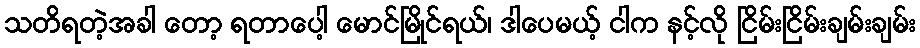
သတိရတဲ့အခါ တော့ ရတာပေါ့ မောင်မြိုင်ရယ်၊ ဒါပေမယ့် ငါက နင့်လို ငြိမ်းငြိမ်းချမ်းချမ်း